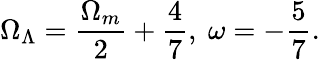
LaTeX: \Omega_{\Lambda}=\frac{\Omega_{m}}{2}+\frac{4}{7},\ \omega=-\frac{5}{7}.